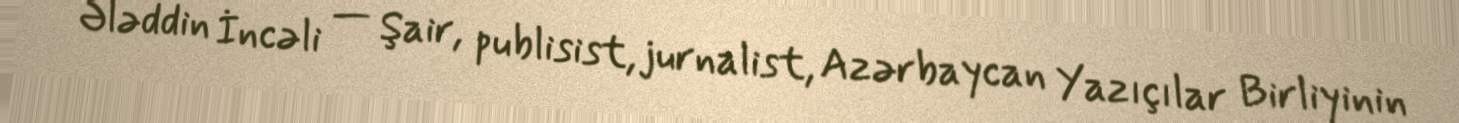
Ələddin İncəli — Şair, publisist, jurnalist, Azərbaycan Yazıçılar Birliyinin